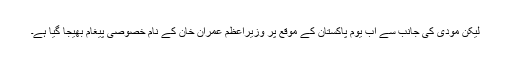
لیکن مودی کی جانب سے اب یوم پاکستان کے موقع پر وزیراعظم عمران خان کے نام خصوصی پیغام بھیجا گیا ہے۔